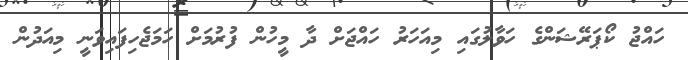
ހައްޖު ކޯޕަރޭޝަންގެ ހަވާލުގައި މިއަހަރު ހައްޖަށް ދާ މީހުން ފުރުމަށް ހަމަޖެހިފައިވަނީ މިއަދުން